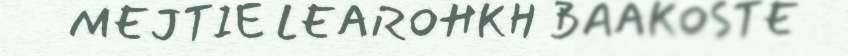
MEJTIE LEAROHKH BAAKOSTE